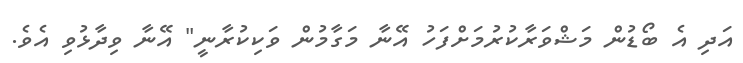
އަދި އެ ބޯޑުން މަޝްވަރާކުރުމަށްފަހު އޭނާ މަގާމުން ވަކިކުރާނީ" އޭނާ ވިދާޅުވި އެވެ.